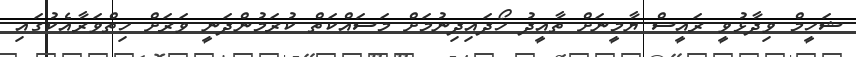
ޝަހީމް ވިދާޅުވީ ރައީސް ޔާމީނަށް ތާއީދު ހޯދައިދިނުމަށް މަސައްކަތް ކުރަމުންދަނީ ވަރަށް ހިތްވަރާއެކުގައި